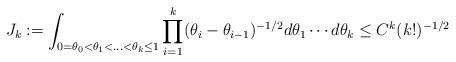
LaTeX: \begin{align*} J_k := \int_{0=\theta_0 < \theta_1 < \ldots < \theta_k \le 1} \prod_{i=1}^k (\theta_i-\theta_{i-1})^{-1/2} d\theta_1 \cdots d\theta_k \le C^k (k!)^{-1/2} \end{align*}